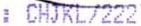
: CHJKL/222